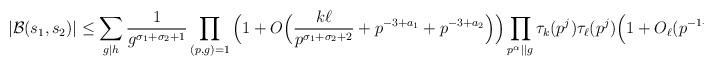
LaTeX: \begin{align*} |\mathcal{B}(s_1,s_2)| \le \sum_{g \mid h} \frac{1}{g^{\sigma_1+\sigma_2+1}} \prod_{(p,g)=1} \Big(1+O \Big( \frac{k \ell}{p^{\sigma_1+\sigma_2+2}} + p^{-3+a_1} + p^{-3+a_2} \Big) \Big) \prod_{p^{\alpha} \mid \mid g} \tau_{k}(p^j) \tau_{\ell}(p^j) \Big(1+O_{\ell}(p^{-1+\max(a_1,a_2)}) \Big). \end{align*}